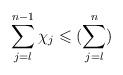
\begin{align*}\sum\limits_{j = l}^{n-1} \chi_j \leqslant (\sum\limits_{j=l}^{n})\end{align*}